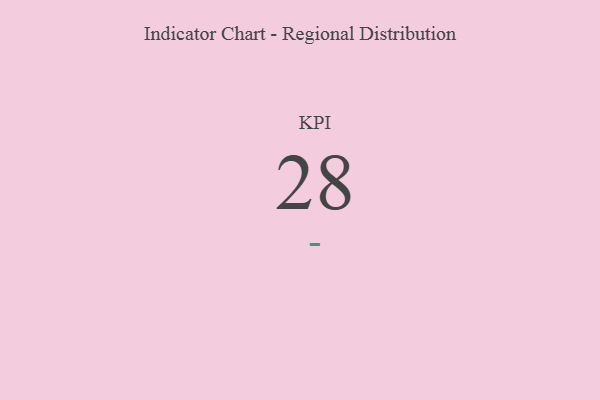
{"axis": {"x": "KPI", "y": "Value"}, "legend": [""], "data": [{"x": "KPI", "y": 28, "type": ""}]}